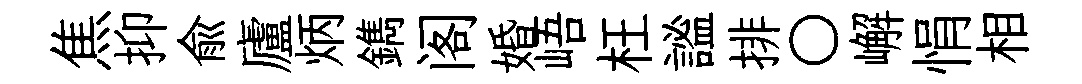
焦抑兪廬炳鐫阁婚峿枉謐排〇嶰悁相